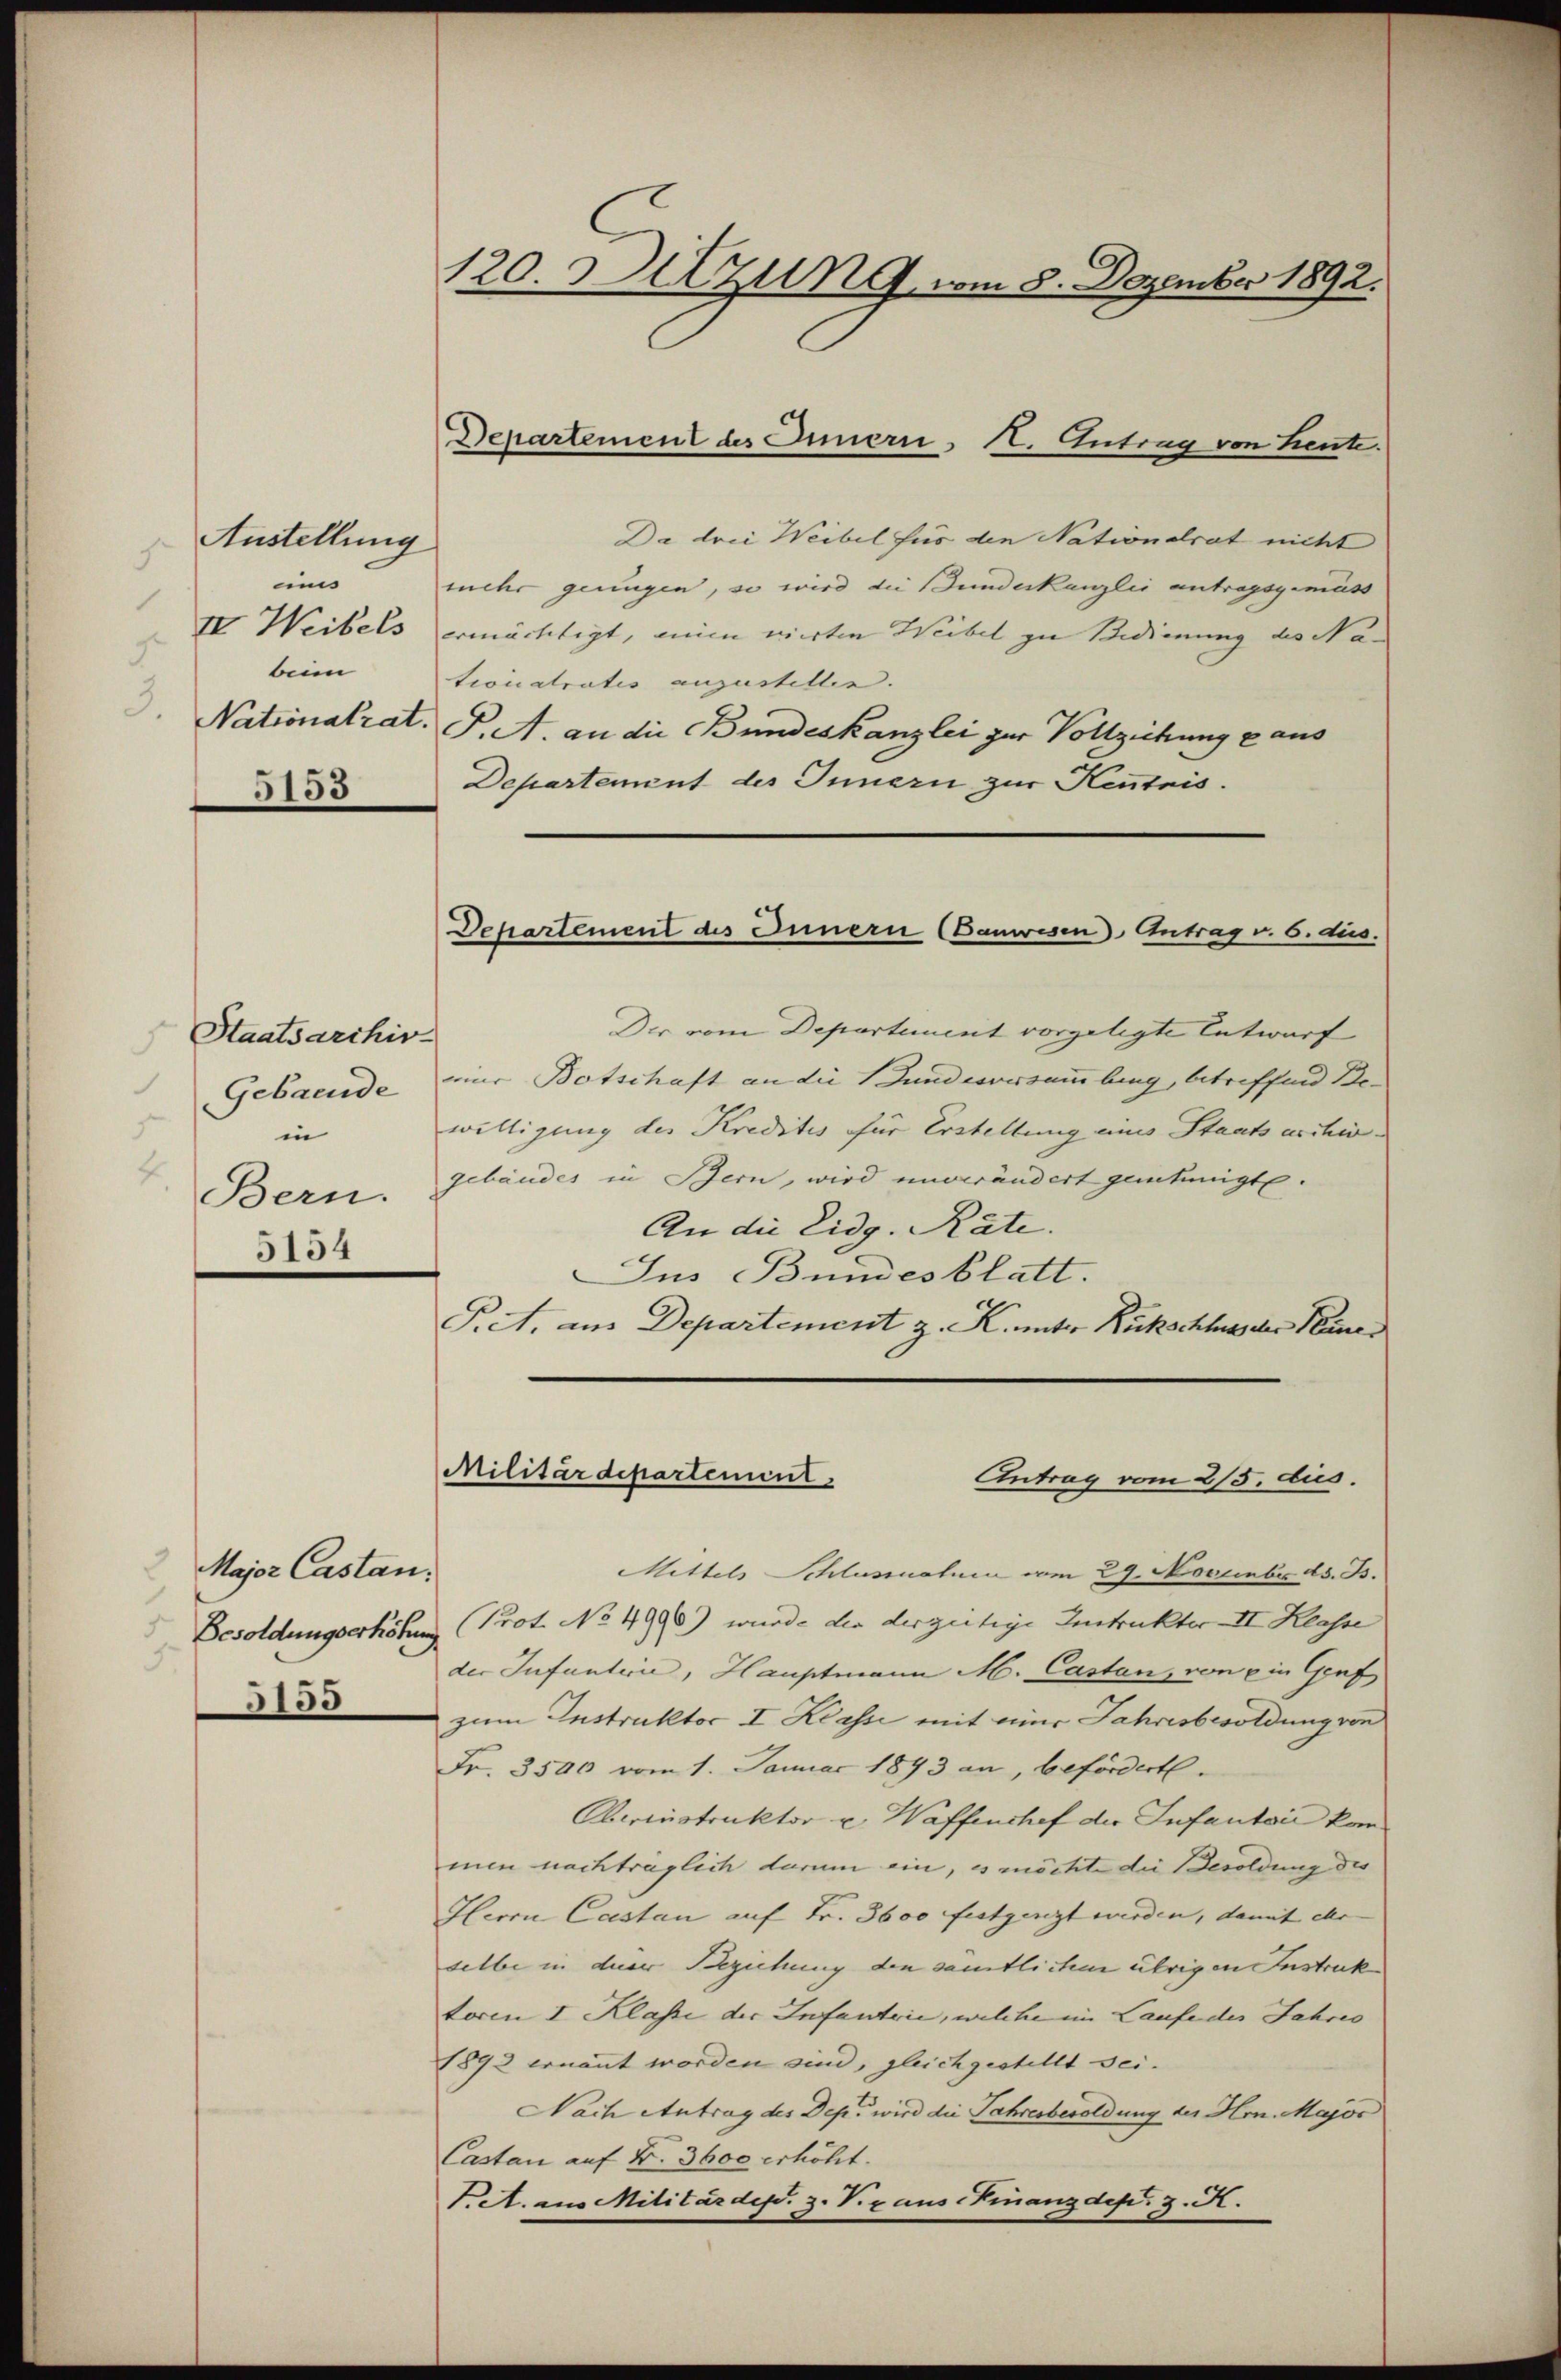
Austellung
um
II. Weibels
beim
Nationalrat.

5153

Staatsarchiv
Gebaeude
z
in
4
Bern.
5154

2 Major Castan

120. Sitzung vom 8. Dezember 1892.

Da drei Weibel für den Nationalrat nicht
mehr genügen, so wird die Bundeskanzlei antragsgemäss
ermächtigt, ein vierten Weibel zu Bedienung des Natioicatratis anzustellen. |
P. A. an die Bundeskanzlei zur Vollziehung aus
Departement des Innern zur Kentris.
Der vom Departement vorgelegte Entwurf
eier Botschaft an die und vorsammlung, betreffend Bewilligung des Kreditis für Erstellung eines Staatsarchiv
gebäudes in Bern, wird unverändert genehmigte.
An die Eidg. Räte.
Jus Bundesblatt.
P.A. am Departement z. K. unter Rückschluss der Neuer
Militärdepartement.
Antrag vom 2/5. Aus
Mittels Schlussnahme vom 29. November ds. B.
Besoldungserhöhung (Prot. No 4996) wurde der derzeitige Instrukter II Klasse
der Infantici, Hauptmann M. Castan, von ein Genf
3 zum Instruktor II Klasse mit eine Jahresbesoldung von
Fr. 3500 vom 1. Januar 1893 an, befördert.
Oberinstruktor u. Waffenchef der Infantaić kan
men nachträglich darum ein, es möchte die Besoldung des
Herrn Castan auf Fr. 3600 festgenzt werden, damit ihr |
selbe in dieser Beziehung den sämtlichen übrigen Instruk
toren I Klasse der Infantrie, welche im Laufe des Jahres
1892 ernannt worden sind, gleichgestellt sei.
Nach Antrag des Dep. wird die Jahresbesoldung der Hrn. Major
Castan auf Fr. 3600 erhöht.
T.A. aus Militärdep. z. Vizaus-Finanzdep. 3. K.

Departement des Eimern, Kt. Antrag von Leute.

Departement des Innern (Banwesen Antrag v. 6. dus.